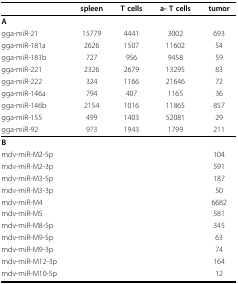
<table><thead><tr><td></td><td><b>spleen</b></td><td><b>T cells</b></td><td><b>a- T cells</b></td><td><b>tumor</b></td></tr></thead><tbody><tr><td><b>A</b></td><td></td><td></td><td></td><td></td></tr><tr><td>gga-miR-21</td><td>15779</td><td>4441</td><td>3002</td><td>693</td></tr><tr><td>gga-miR-181a</td><td>2626</td><td>1507</td><td>11602</td><td>54</td></tr><tr><td>gga-miR-181b</td><td>727</td><td>956</td><td>9458</td><td>59</td></tr><tr><td>gga-miR-221</td><td>2326</td><td>2679</td><td>13295</td><td>83</td></tr><tr><td>gga-miR-222</td><td>324</td><td>1166</td><td>21646</td><td>72</td></tr><tr><td>gga-miR-146a</td><td>794</td><td>407</td><td>1165</td><td>36</td></tr><tr><td>gga-miR-146b</td><td>2154</td><td>1016</td><td>11865</td><td>857</td></tr><tr><td>gga-miR-155</td><td>499</td><td>1403</td><td>52081</td><td>29</td></tr><tr><td>gga-miR-92</td><td>973</td><td>1943</td><td>1799</td><td>211</td></tr><tr><td><b>B</b></td><td></td><td></td><td></td><td></td></tr><tr><td>mdv-miR-M2-5p</td><td></td><td></td><td></td><td>104</td></tr><tr><td>mdv-miR-M2-3p</td><td></td><td></td><td></td><td>591</td></tr><tr><td>mdv-miR-M3-5p</td><td></td><td></td><td></td><td>187</td></tr><tr><td>mdv-miR-M3-3p</td><td></td><td></td><td></td><td>50</td></tr><tr><td>mdv-miR-M4</td><td></td><td></td><td></td><td>6682</td></tr><tr><td>mdv-miR-M5</td><td></td><td></td><td></td><td>581</td></tr><tr><td>mdv-miR-M8-5p</td><td></td><td></td><td></td><td>345</td></tr><tr><td>mdv-miR-M9-5p</td><td></td><td></td><td></td><td>63</td></tr><tr><td>mdv-miR-M9-3p</td><td></td><td></td><td></td><td>74</td></tr><tr><td>mdv-miR-M12-3p</td><td></td><td></td><td></td><td>164</td></tr><tr><td>mdv-miR-M10-5p</td><td></td><td></td><td></td><td>12</td></tr></tbody></table>